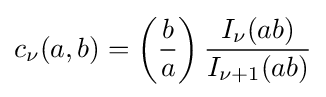
c_{\nu }(a,b)=\left({\frac {b}{a}}\right){\frac {I_{\nu }(ab)}{I_{\nu +1}(ab)}}